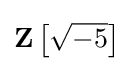
\mathbf {Z} \left[{\sqrt {-5}}\right]